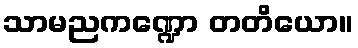
သာမညကဏ္ဍော တတိယော။